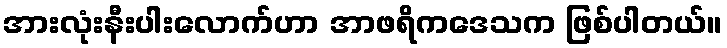
အားလုံးနီးပါးလောက်ဟာ အာဖရိကဒေသက ဖြစ်ပါတယ်။